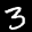
Label: 3